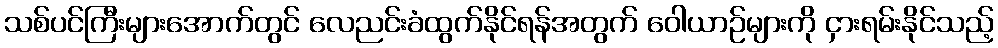
သစ်ပင်ကြီးများအောက်တွင် လေညင်းခံထွက်နိုင်ရန်အတွက် ဝေါယာဉ်များကို ငှားရမ်းနိုင်သည့်